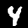
Label: 4